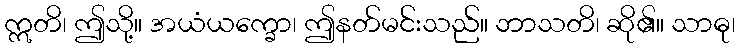
ဣတိ၊ ဤသို့။ အယံယက္ခော၊ ဤနတ်မင်းသည်။ ဘာသတိ၊ ဆို၏။ သာဓု၊